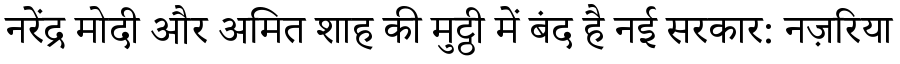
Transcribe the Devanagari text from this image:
नरेंद्र मोदी और अमित शाह की मुट्ठी में बंद है नई सरकार: नज़रिया